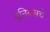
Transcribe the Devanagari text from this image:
युनिक्सचे